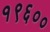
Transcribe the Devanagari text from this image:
१९६००